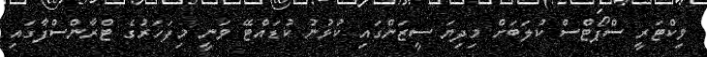
ވިކްޓަރީ ސްޕޯޓްސް ކުލަބަށް މިދިޔަ ސީޒަންގައި ކުޅުނު ކުޑައްޓޭ ވަނީ މިފަހަރުގެ ޓްރާންސްފާގައި